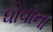
ધોવાના